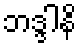
ဘဒ္ဒါနိ